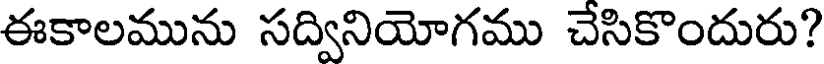
ఈకాలమును సద్వినియోగము చేసికొందురు?